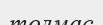
толмас